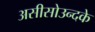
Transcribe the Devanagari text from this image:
असीसोउन्दके